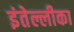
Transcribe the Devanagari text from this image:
इंतेल्लीका